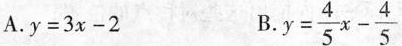
A.$$y = 3 x - 2$$ B.$$y = \frac { 4 } { 5 } x - \frac { 4 } { 5 }$$